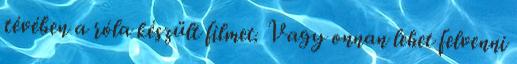
tévében a róla készült filmet. Vagy onnan lehet felvenni